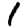
Digit: 1